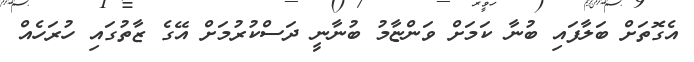
އެގޮތަށް ބަލާފައި ބުނާ ކަަމަށް ވަންޏާމު ބުނާނީ ދަސްކުރުމަށް އޭގެ ޒާތުގައި ހުރަހެއް